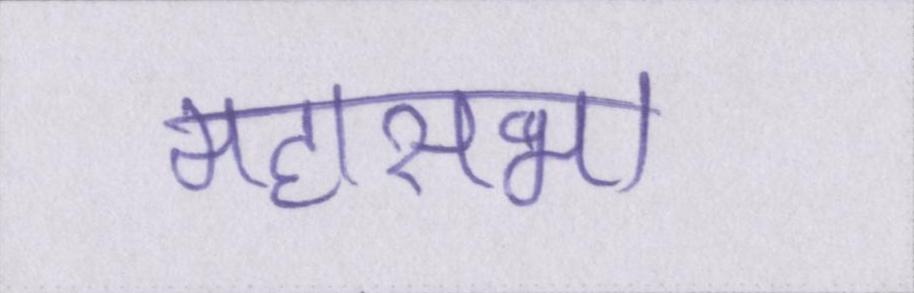
महासभा